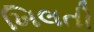
ખિલતી